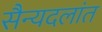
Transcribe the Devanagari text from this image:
सैन्यदलांत